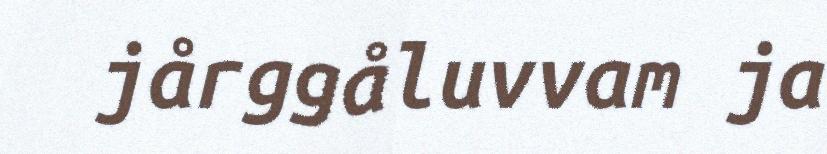
jårggåluvvam ja